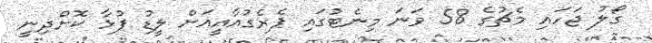
ގޯލު ޖަހައި މެޗުގެ 58 ވަނަ މިނެޓުގައި ޕެރެގުއާއީއަށް ލީޑު ފުޅާ ކޮށްދިނީ